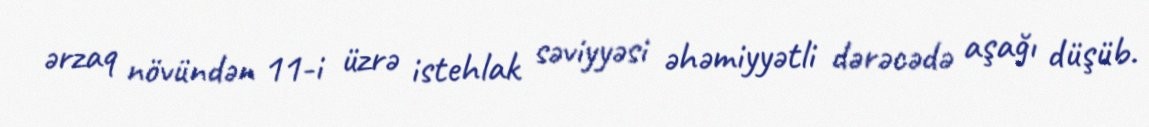
ərzaq növündən 11-i üzrə istehlak səviyyəsi əhəmiyyətli dərəcədə aşağı düşüb.